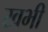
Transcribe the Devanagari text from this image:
खभी